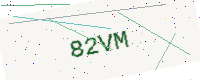
Text: 82VM